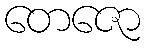
တေဇော